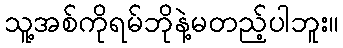
သူ့အစ်ကိုရမ်ဘိုနဲ့မတည့်ပါဘူး။